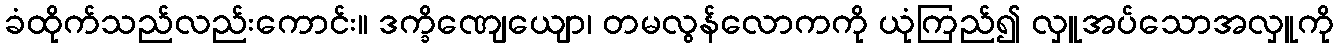
ခံထိုက်သည်လည်းကောင်း။ ဒက္ခိဏျေယျော၊ တမလွန်လောကကို ယုံကြည်၍ လှူအပ်သောအလှူကို